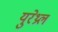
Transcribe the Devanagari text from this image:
युरेथ्रल